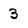
Character: 3